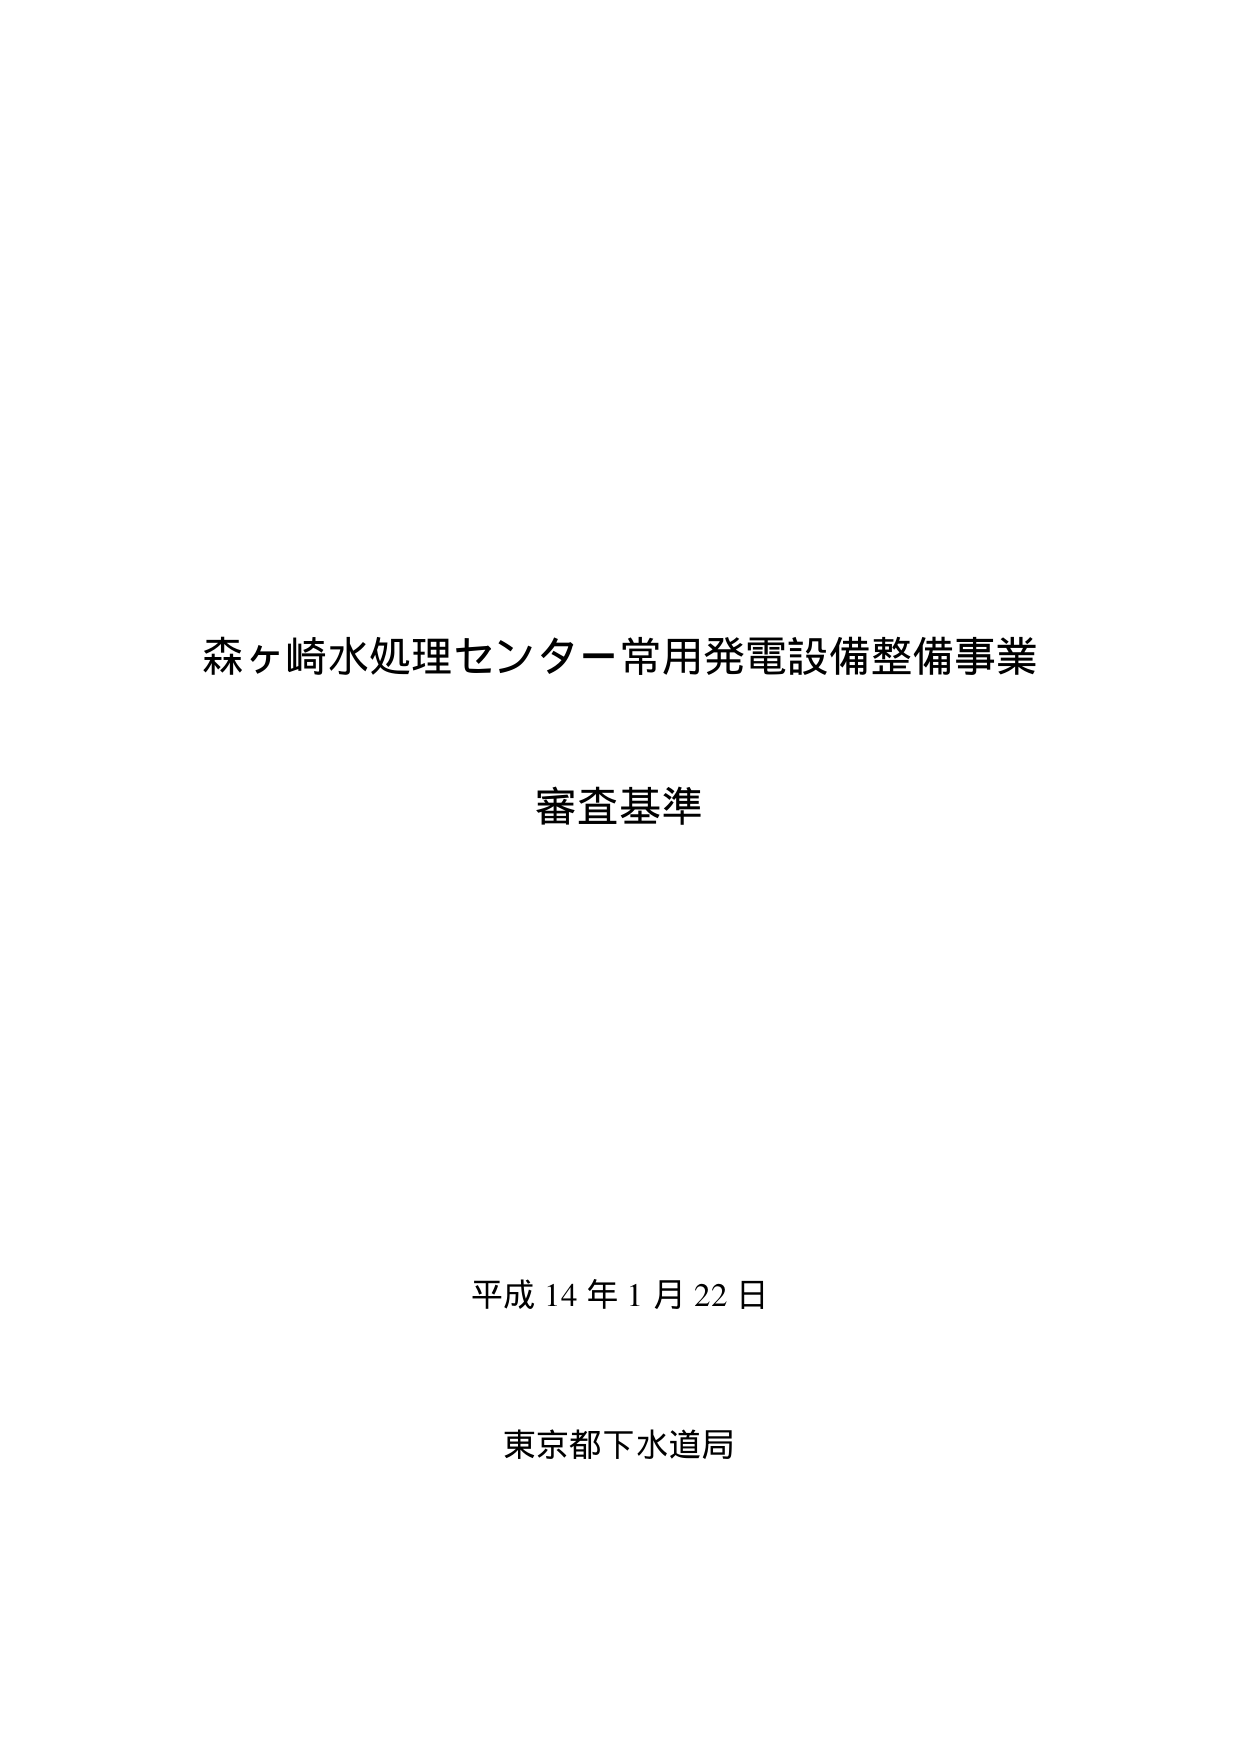
森ヶ崎水処理センター常用発電設備整備事業
審査基準

平成14年1月22日
東京都下水道局